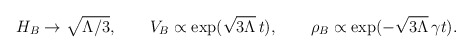
\begin{align*}H_B \to \sqrt{\Lambda/3}, \qquad V_B \propto \exp(\sqrt{3\Lambda}\, t), \qquad \rho_B \propto \exp(-\sqrt{3\Lambda} \, \gamma t).\end{align*}